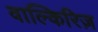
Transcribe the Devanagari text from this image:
वाल्किरिज़